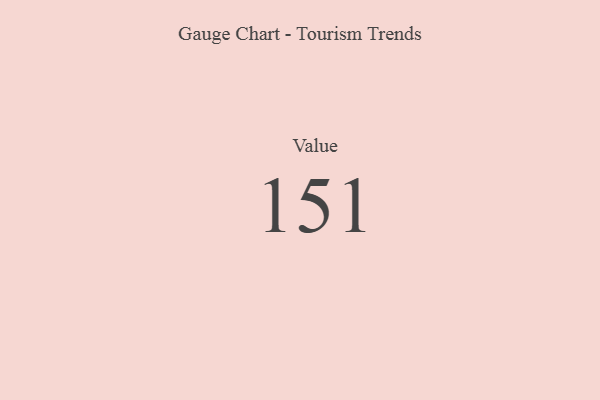
{"axis": {"x": "Metric", "y": "Value"}, "legend": [""], "data": [{"x": "Value", "y": 151, "type": ""}]}